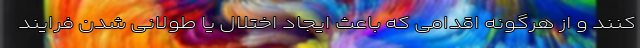
کنند و از هرگونه اقدامی که باعث ایجاد اختلال یا طولانی شدن فرایند